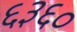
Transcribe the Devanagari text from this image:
६३६०